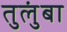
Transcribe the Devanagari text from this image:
तुलुंबा